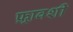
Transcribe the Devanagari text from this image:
फ़्रावशी